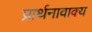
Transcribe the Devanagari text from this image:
प्रार्थनावाक्य